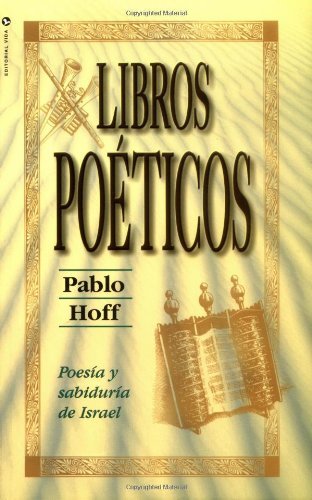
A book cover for Libros PoÃ©ticos, Los; Pablo Hoff; Christian Books & Bibles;